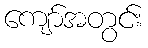
ကျော်အတွင်း